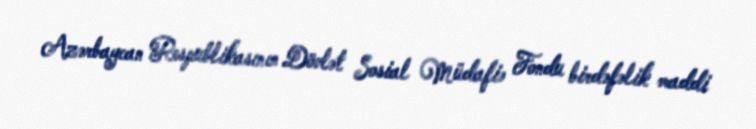
Azərbaycan Respublikasının Dövlət Sosial Müdafiə Fondu birdəfəlik maddi